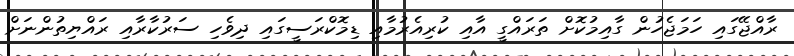
ރާއްޖޭގައި ހަމަޖެހުން ގާއިމުކޮށް ތަރައްގީ އާއި ކުރިއެރުމާއި ޑިމޮކްރަސީގައި ދިވެހި ސަރުކާރާއި ރައްޔިތުންނަށް